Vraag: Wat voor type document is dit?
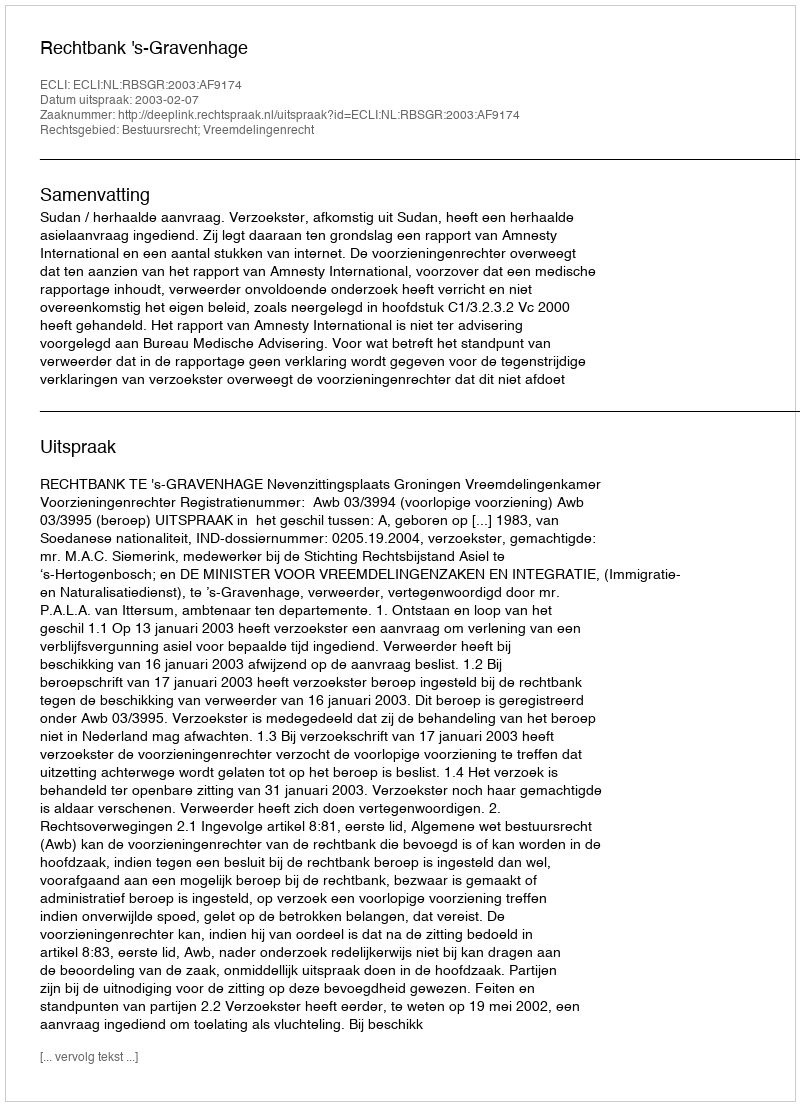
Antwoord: Uitspraak